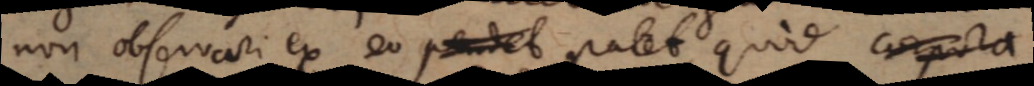
non observari ex eo pendet patet, quod corpora